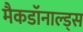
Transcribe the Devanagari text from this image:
मैकडॉनाल्ड्स